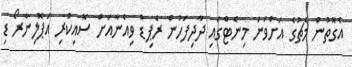
އެގޮތުން މެޗުގެ އަށްވަނަ މިނެޓްގައި ދާދިފަހުން ރެޕިޑް ވިއެނާއަށް ސޮއިކުރި އަޕޮލިނާރޯ ޑި